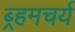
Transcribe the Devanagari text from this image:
ब्र्हमचर्य